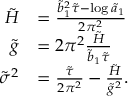
\begin{array} { r l } { \tilde { H } } & { = \frac { \tilde { b } _ { 1 } ^ { 2 } \tilde { \tau } - \log \tilde { a } _ { 1 } } { 2 \pi ^ { 2 } } } \\ { \tilde { g } } & { = 2 \pi ^ { 2 } \frac { \tilde { H } } { \tilde { b } _ { 1 } \tilde { \tau } } } \\ { \tilde { \sigma } ^ { 2 } } & { = \frac { \tilde { \tau } } { 2 \pi ^ { 2 } } - \frac { \tilde { H } } { \tilde { g } ^ { 2 } } . } \end{array}